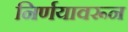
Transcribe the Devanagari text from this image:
निर्णयावरून